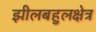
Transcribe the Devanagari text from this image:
झीलबहुलक्षेत्र